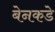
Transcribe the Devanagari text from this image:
बेनकडे